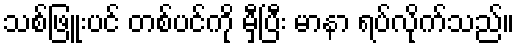
သစ်ဖြူးပင် တစ်ပင်ကို မှီပြီး မာနာ ရပ်လိုက်သည်။